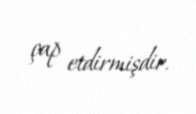
çap etdirmişdir.